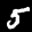
Label: 5